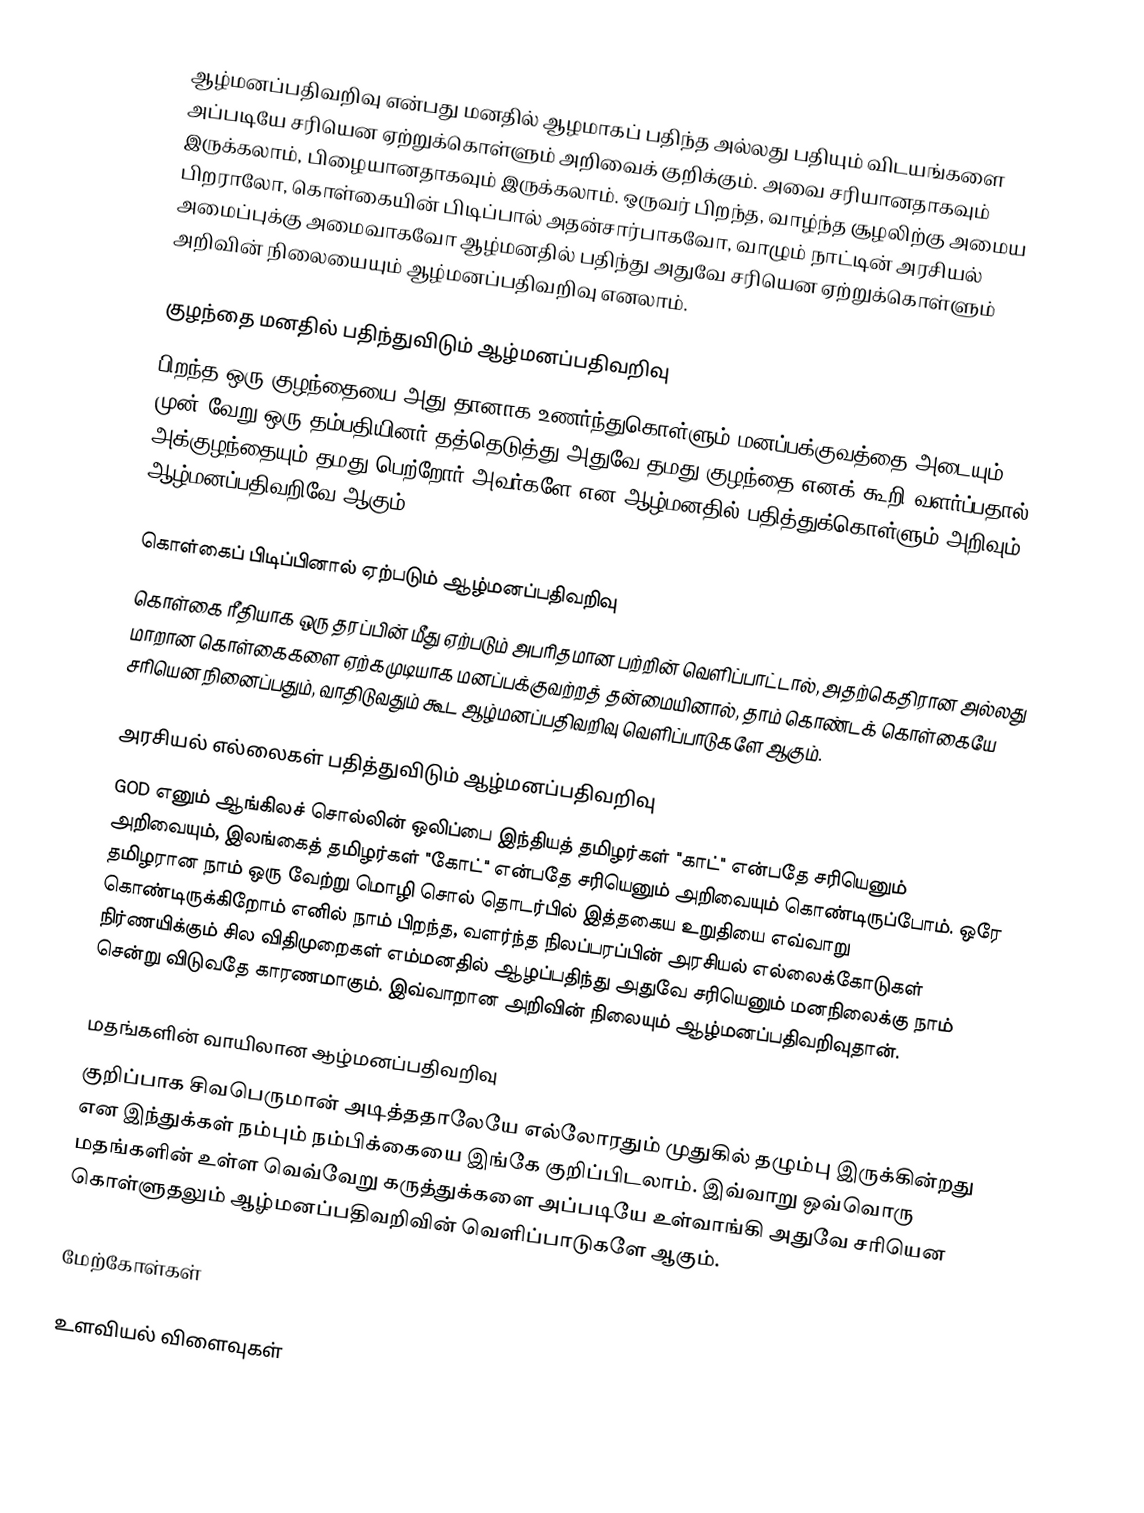
ஆழ்மனப்பதிவறிவு என்பது மனதில் ஆழமாகப் பதிந்த அல்லது பதியும் விடயங்களை அப்படியே சரியென ஏற்றுக்கொள்ளும் அறிவைக் குறிக்கும். அவை சரியானதாகவும் இருக்கலாம், பிழையானதாகவும் இருக்கலாம். ஒருவர் பிறந்த, வாழ்ந்த சூழலிற்கு அமைய பிறராலோ, கொள்கையின் பிடிப்பால் அதன்சார்பாகவோ, வாழும் நாட்டின் அரசியல் அமைப்புக்கு அமைவாகவோ ஆழ்மனதில் பதிந்து அதுவே சரியென ஏற்றுக்கொள்ளும் அறிவின் நிலையையும் ஆழ்மனப்பதிவறிவு எனலாம்.

குழந்தை மனதில் பதிந்துவிடும் ஆழ்மனப்பதிவறிவு
பிறந்த ஒரு குழந்தையை அது தானாக உணர்ந்துகொள்ளும் மனப்பக்குவத்தை அடையும் முன் வேறு ஒரு தம்பதியினர் தத்தெடுத்து அதுவே தமது குழந்தை எனக் கூறி வளர்ப்பதால், அக்குழந்தையும் தமது பெற்றோர் அவர்களே என ஆழ்மனதில் பதித்துக்கொள்ளும் அறிவும் ஆழ்மனப்பதிவறிவே ஆகும்.

கொள்கைப் பிடிப்பினால் ஏற்படும் ஆழ்மனப்பதிவறிவு
கொள்கை ரீதியாக ஒரு தரப்பின் மீது ஏற்படும் அபரிதமான பற்றின் வெளிப்பாட்டால், அதற்கெதிரான அல்லது மாறான கொள்கைகளை ஏற்கமுடியாக மனப்பக்குவற்றத் தன்மையினால், தாம் கொண்டக் கொள்கையே சரியென நினைப்பதும், வாதிடுவதும் கூட ஆழ்மனப்பதிவறிவு வெளிப்பாடுகளே ஆகும்.

அரசியல் எல்லைகள் பதித்துவிடும் ஆழ்மனப்பதிவறிவு
GOD எனும் ஆங்கிலச் சொல்லின் ஒலிப்பை இந்தியத் தமிழர்கள் "காட்" என்பதே சரியெனும் அறிவையும், இலங்கைத் தமிழர்கள் "கோட்" என்பதே சரியெனும் அறிவையும் கொண்டிருப்போம். ஒரே தமிழரான நாம் ஒரு வேற்று மொழி சொல் தொடர்பில் இத்தகைய உறுதியை எவ்வாறு கொண்டிருக்கிறோம் எனில் நாம் பிறந்த, வளர்ந்த நிலப்பரப்பின் அரசியல் எல்லைக்கோடுகள் நிர்ணயிக்கும் சில விதிமுறைகள் எம்மனதில் ஆழப்பதிந்து அதுவே சரியெனும் மனநிலைக்கு நாம் சென்று விடுவதே காரணமாகும். இவ்வாறான அறிவின் நிலையும் ஆழ்மனப்பதிவறிவுதான்.

மதங்களின் வாயிலான ஆழ்மனப்பதிவறிவு
குறிப்பாக சிவபெருமான் அடித்ததாலேயே எல்லோரதும் முதுகில் தழும்பு இருக்கின்றது என இந்துக்கள் நம்பும் நம்பிக்கையை இங்கே குறிப்பிடலாம். இவ்வாறு ஒவ்வொரு மதங்களின் உள்ள வெவ்வேறு கருத்துக்களை அப்படியே உள்வாங்கி அதுவே சரியென கொள்ளுதலும் ஆழ்மனப்பதிவறிவின் வெளிப்பாடுகளே ஆகும்.

மேற்கோள்கள்

உளவியல் விளைவுகள்